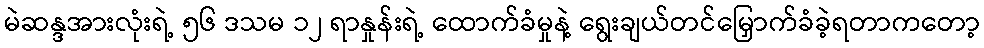
မဲဆန္ဒအားလုံးရဲ့ ၅၆ ဒသမ ၁၂ ရာနှုန်းရဲ့ ထောက်ခံမှုနဲ့ ရွေးချယ်တင်မြှောက်ခံခဲ့ရတာကတော့